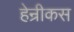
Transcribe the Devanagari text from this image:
हेन्रीकस